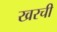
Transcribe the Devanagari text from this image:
खरची